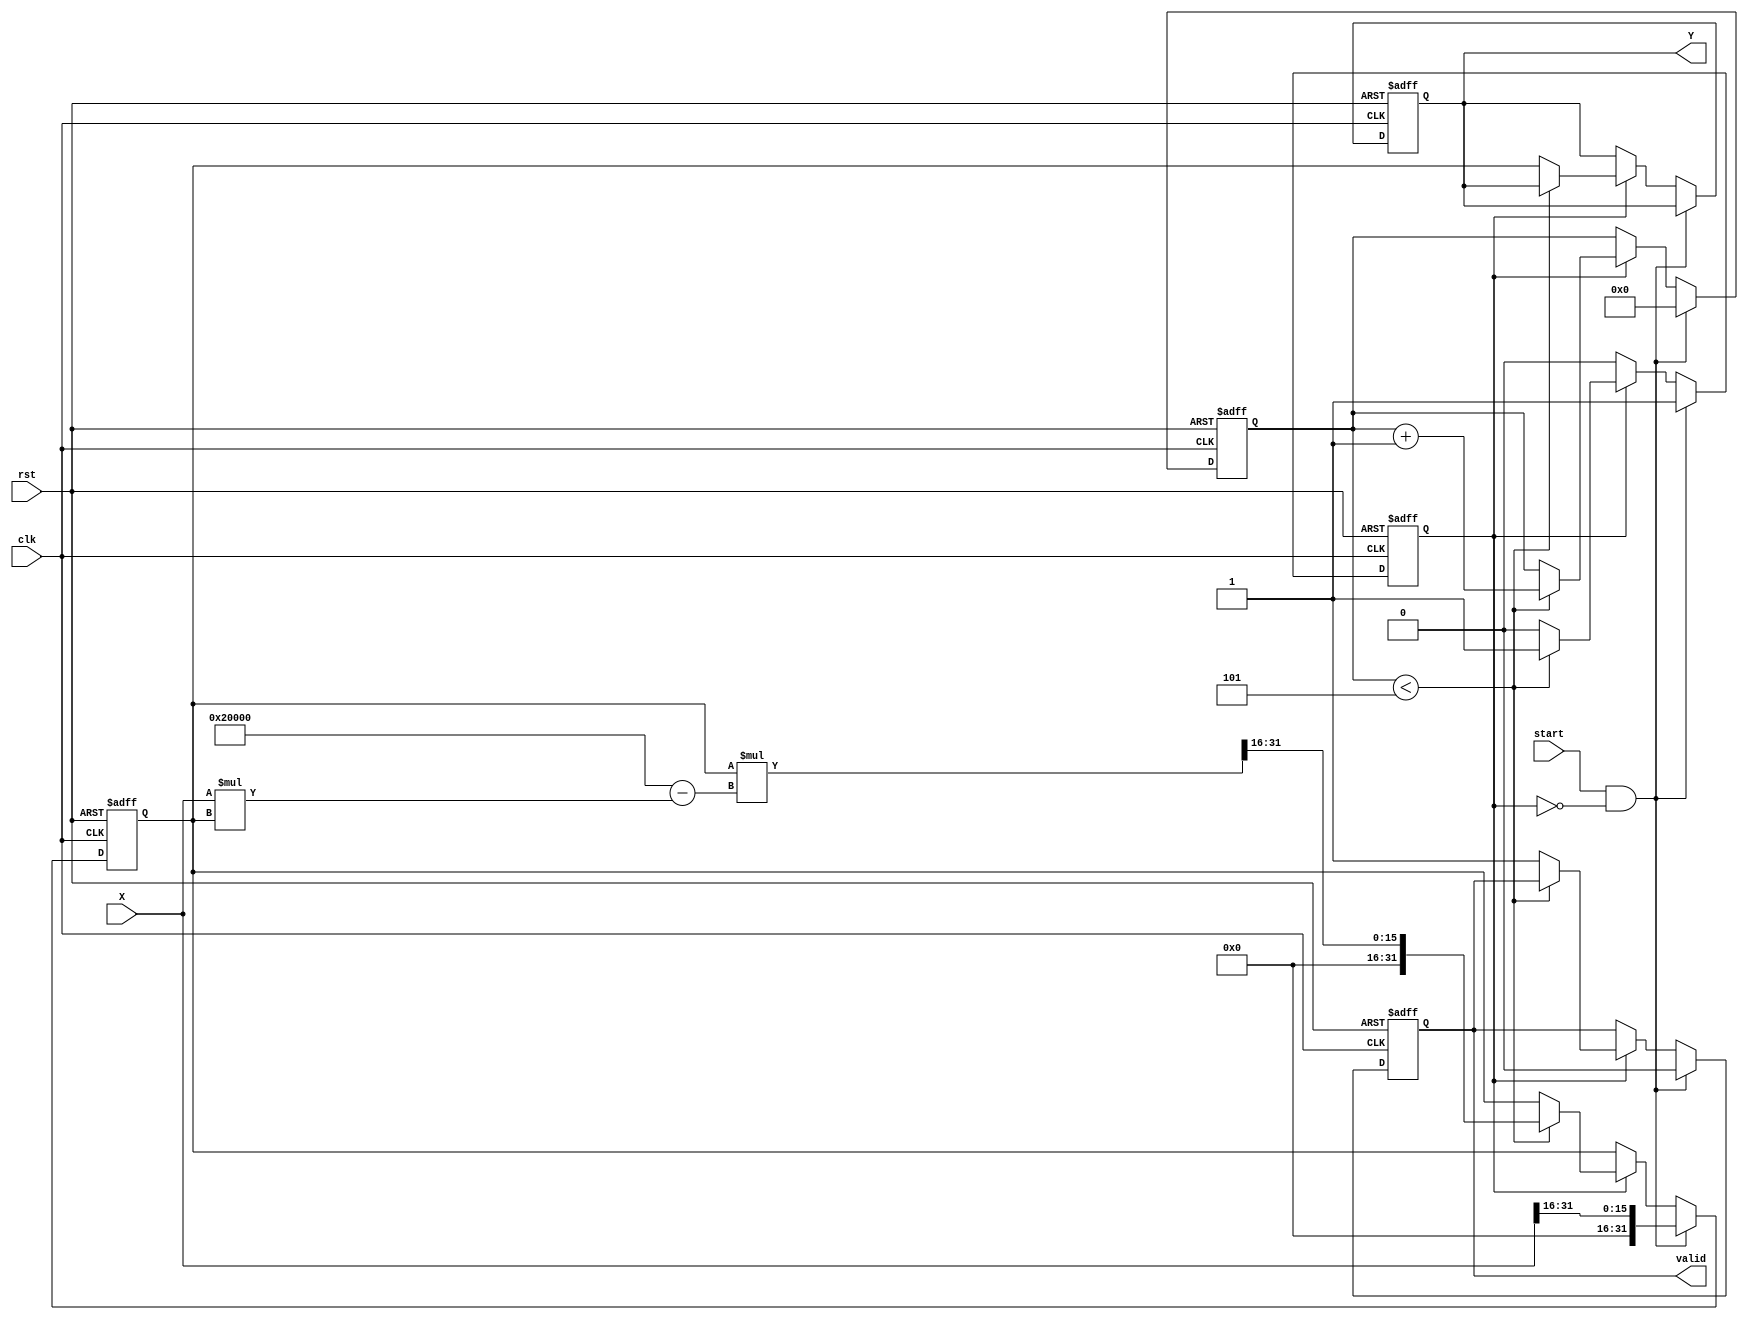
module FixedPointReciprocal #(
    parameter M = 16, // Number of bits for the integer part
    parameter N = 16, // Number of bits for the fractional part
    parameter ITERATIONS = 5 // Number of iterations for Newton-Raphson
)(
    input wire clk,
    input wire rst,
    input wire start,
    input wire [M+N-1:0] X, // Input fixed-point number
    output reg [M+N-1:0] Y, // Output fixed-point reciprocal
    output reg valid // Output valid signal
);

    // Internal signals
    reg [M+N-1:0] approx; // Current approximation of the reciprocal
    reg [M+N-1:0] temp; // Temporary variable for calculations
    reg [3:0] count; // Iteration counter
    reg computing; // State to indicate if computation is ongoing

    // Initialize output and state on reset
    always @(posedge clk or posedge rst) begin
        if (rst) begin
            Y <= 0;
            valid <= 0;
            approx <= 0;
            count <= 0;
            computing <= 0;
        end else begin
            if (start && !computing) begin
                // Start the computation
                approx <= {1'b0, X[M+N-1:M]}; // Initial approximation (1 / X)
                count <= 0;
                computing <= 1;
                valid <= 0;
            end else if (computing) begin
                if (count < ITERATIONS) begin
                    // Newton-Raphson iteration: approx = approx * (2 - X * approx)
                    temp = X * approx; // X * approx
                    approx = approx * (2**(N+1) - temp) >> N; // Update approximation
                    count <= count + 1;
                end else begin
                    // Finalize output after iterations
                    Y <= approx;
                    valid <= 1;
                    computing <= 0;
                end
            end
        end
    end

endmodule